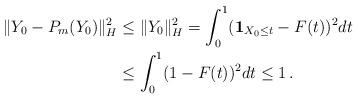
LaTeX: \begin{align*}\|Y_0-P_m(Y_0)\|_H^2 & \leq \|Y_0\|_H^2= \int_0^1({\mathbf 1}_{X_0 \leq t}-F(t))^2 dt \\& \leq \int_0^1 (1-F(t))^2 dt \leq 1 \, . \end{align*}